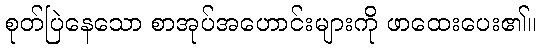
စုတ်ပြဲနေသော စာအုပ်အဟောင်းများကို ဖာထေးပေး၏။